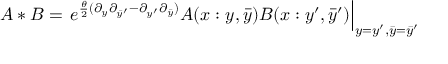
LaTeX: A * B = \left. e ^ { \frac { \theta } { 2 } ( \partial _ { y } \partial _ { \bar { y } ^ { \prime } } - \partial _ { y ^ { \prime } } \partial _ { \bar { y } } ) } A ( x : y , \bar { y } ) B ( x : y ^ { \prime } , \bar { y } ^ { \prime } ) \right| _ { y = y ^ { \prime } , \bar { y } = \bar { y } ^ { \prime } }